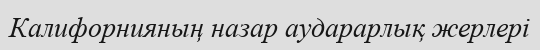
Калифорнияның назар аударарлық жерлері